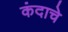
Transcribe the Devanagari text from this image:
कंदाचे